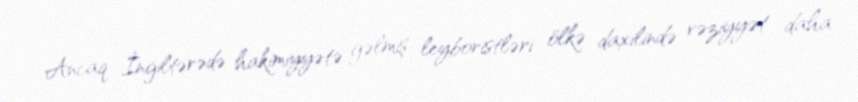
Ancaq İngiltərədə hakimiyyətə gəlmiş leyboristləri ölkə daxilində vəziyyət daha